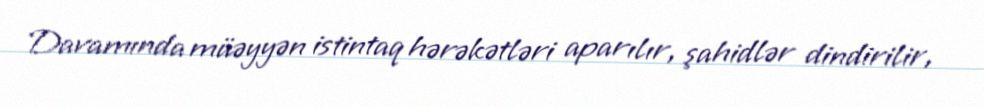
Davamında müəyyən istintaq hərəkətləri aparılır, şahidlər dindirilir,